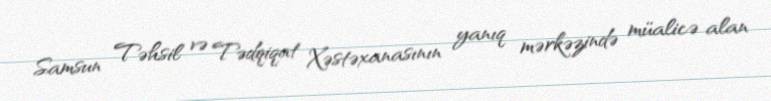
Samsun Təhsil və Tədqiqat Xəstəxanasının yanıq mərkəzində müalicə alan